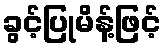
ခွင့်ပြုမိန့်ဖြင့်